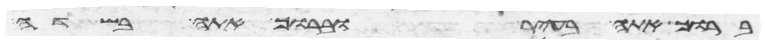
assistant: ברוך אתה בעיר וברוך אתה בשדה